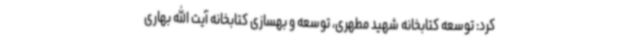
کرد: توسعه کتابخانه شهید مطهری، توسعه و بهسازی کتابخانه آیت الله بهاری